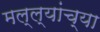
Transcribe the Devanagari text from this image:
मल्ल्यांच्या